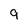
Character: 9